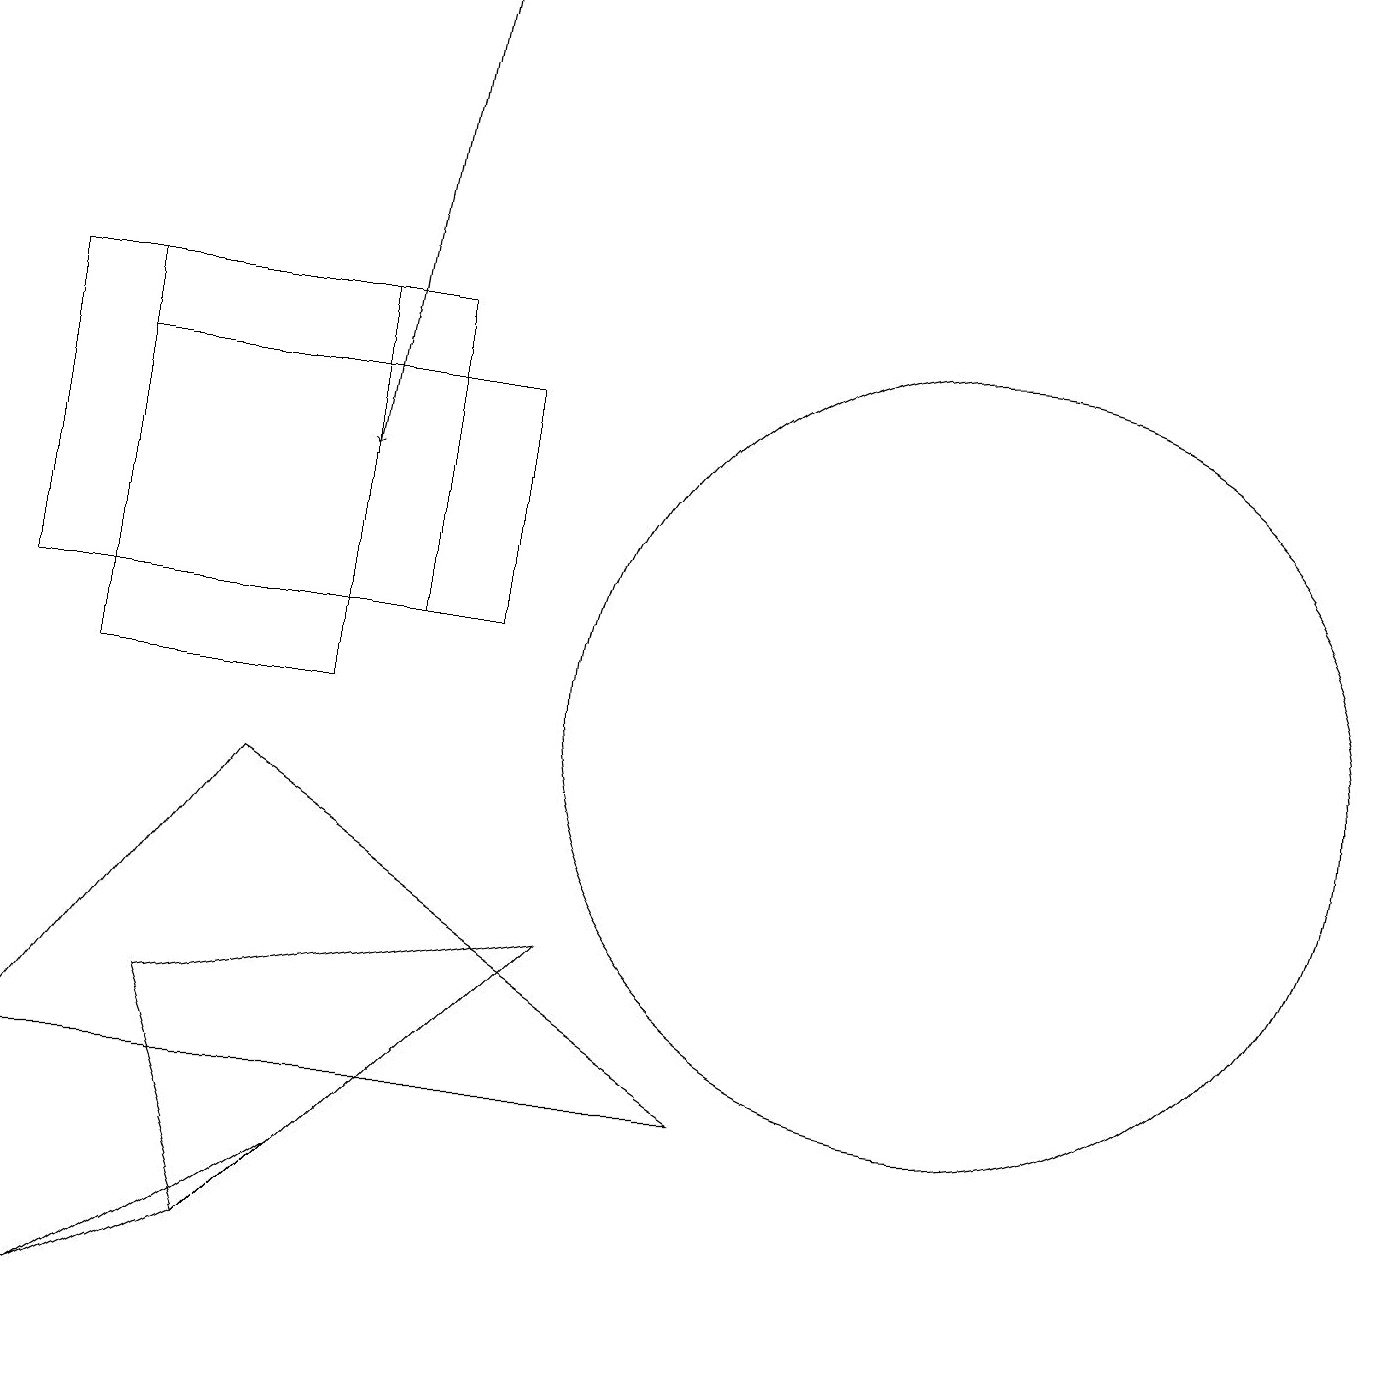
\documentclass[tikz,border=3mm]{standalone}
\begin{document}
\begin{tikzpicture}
\draw (12,10) circle (5);
\draw[->] (5,19) -- (4,13);
\draw (0,5) -- (3,9) -- (9,5) -- cycle;
\draw (1,2) -- (3,3) -- (4,4) -- cycle;
\draw (6,11) rectangle (1,14);
\draw (1,10) rectangle (4,15);
\draw (2,6) -- (7,7) -- (3,3) -- cycle;
\draw (0,15) rectangle (5,11);
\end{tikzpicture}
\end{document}